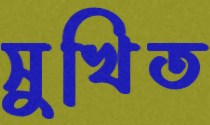
সুখিত